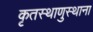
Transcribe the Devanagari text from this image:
कृतस्थाणुस्थाना